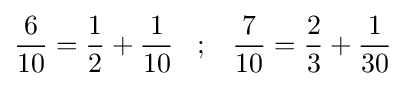
{\frac {6}{10}}={\frac {1}{2}}+{\frac {1}{10}}\;\;\;;\;\;\;{\frac {7}{10}}={\frac {2}{3}}+{\frac {1}{30}}